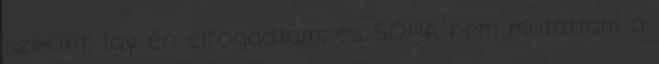
szerint, így én elfogadtam, és SOHA nem mutattam a